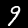
Digit: 9